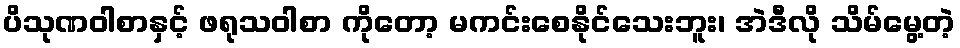
ပိသုဏဝါစာနှင့် ဖရုသဝါစာ ကိုတော့ မကင်းစေနိုင်သေးဘူး၊ အဲဒီလို သိမ်မွေ့တဲ့